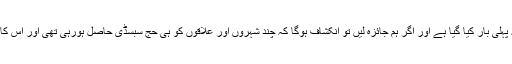
روانگی مراکز میں متبادل دینے کا فیصلہ پہلی بار کیا گیا ہے اور اگر ہم جائزہ لیں تو انکشاف ہوگا کہ چند شہروں اور علاقوں کو ہی حج سبسڈی حاصل ہورہی تھی اور اس کا مستقبل میں بھی کوئی فرق نہیں پڑے گا۔